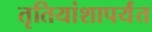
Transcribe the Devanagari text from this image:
तृतियांशापर्यंत